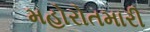
મહોરોતમારી